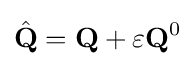
{\hat {\textbf {Q}}}={\textbf {Q}}+\varepsilon {\textbf {Q}}^{0}